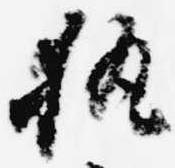
執